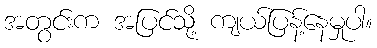
အတွင်းက အပြင်သို့ ကျယ်ပြန့်နေမှုပါ။